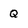
Character: Q